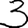
Digit: 3